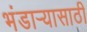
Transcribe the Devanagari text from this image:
भंडार्‍यासाठी